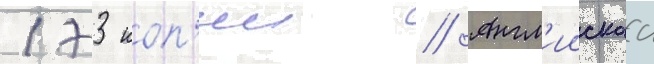
173 коп'ии // Англ'иискаа